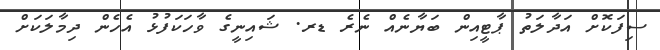
ސިފަކޮށް އަދާލަތު ޕާޓީއިން ބަޔާނެއް ނެރެ ޑރ. ޝައިނީގެ ވާހަކަފުޅު އެހެން ދިމާލަކަށް